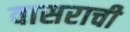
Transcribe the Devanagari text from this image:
वासराची